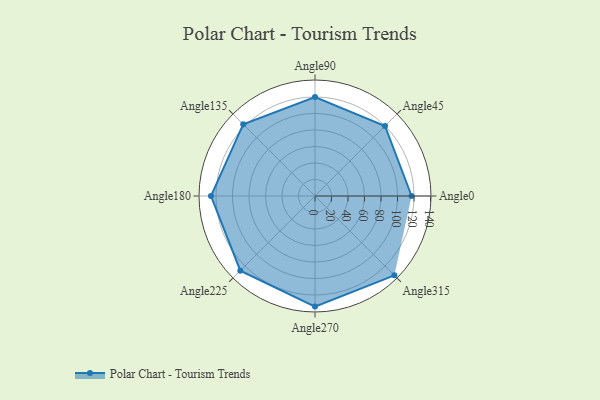
{"axis": {"x": "Angle", "y": "Radius"}, "legend": [""], "data": [{"x": "Angle0", "y": 117.0, "type": ""}, {"x": "Angle45", "y": 120.0, "type": ""}, {"x": "Angle90", "y": 120.0, "type": ""}, {"x": "Angle135", "y": 123.0, "type": ""}, {"x": "Angle180", "y": 126.0, "type": ""}, {"x": "Angle225", "y": 128.0, "type": ""}, {"x": "Angle270", "y": 134.0, "type": ""}, {"x": "Angle315", "y": 136.0, "type": ""}]}